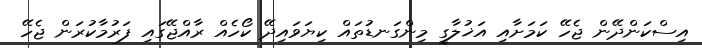
އިސްކަންދޭން ޖެހޭ ކަމަށާއި އަޚުލާގީ މިންގަނޑުތައް ކިޔަވައިދޭ ކޯހެއް ރާއްޖޭގައި ފަރުމާކުރަން ޖެހޭ